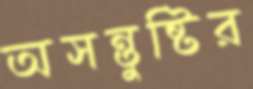
অসন্তুষ্টির